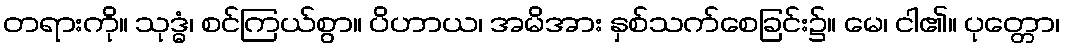
တရားကို။ သုဒ္ဓံ၊ စင်ကြယ်စွာ။ ပိဟာယ၊ အမိအား နှစ်သက်စေခြင်း၌။ မေ၊ ငါ၏။ ပုတ္တော၊